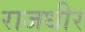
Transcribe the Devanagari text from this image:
राजधीर